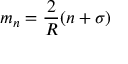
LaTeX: m _ { n } = \frac { 2 } { { \cal R } } ( n + \sigma )